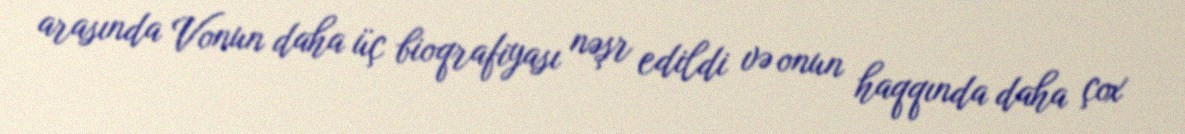
arasında Vonun daha üç bioqrafiyası nəşr edildi və onun haqqında daha çox